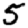
Digit: 5